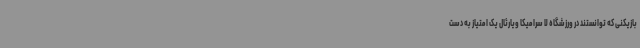
بازیکنی که توانستند در ورزشگاه لا سرامیکا ویارئال یک امتیاز به دست